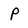
Character: P